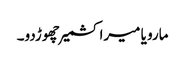
مارو یا میرا کشمیر چھوڑدو۔